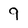
Character: 9